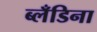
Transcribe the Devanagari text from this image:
ब्लँडिना